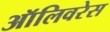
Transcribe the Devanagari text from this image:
ऑलिवरेस